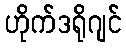
ဟိုက်ဒရိုဂျင်